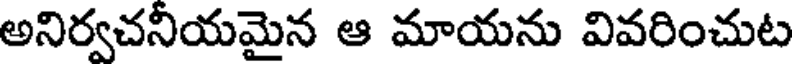
అనిర్వచనియమైన ఆ మాయను వివరించుట